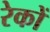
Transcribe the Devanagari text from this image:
रेकों